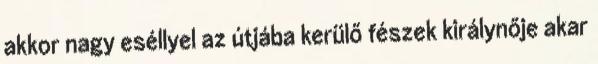
akkor nagy eséllyel az útjába kerülő fészek királynője akar